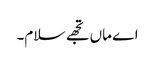
اے ماں تجھے سلام۔